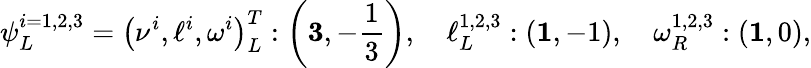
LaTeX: \psi_{L}^{i=1,2,3}=\left(\nu^{i},\ell^{i},\omega^{i}\right)_{L}^{T}:\left(\textbf{3},-\frac{1}{3}\right),\quad\ell_{L}^{1,2,3}:\left(\textbf{1},-1\right),\quad\omega_{R}^{1,2,3}:\left(\textbf{1},0\right),